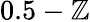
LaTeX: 0.5-\mathbb{Z}